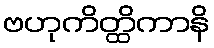
ဗဟုကိတ္ထိကာနိ